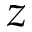
z